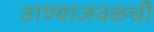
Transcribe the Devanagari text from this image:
ठाण्याजवळची